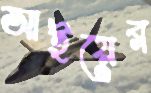
আইয়ের